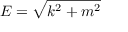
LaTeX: E = { \sqrt { k ^ { 2 } + m ^ { 2 } } }